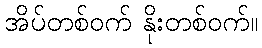
အိပ်တစ်ဝက် နိုးတစ်ဝက်။